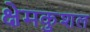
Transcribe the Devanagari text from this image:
क्षेमकुशल